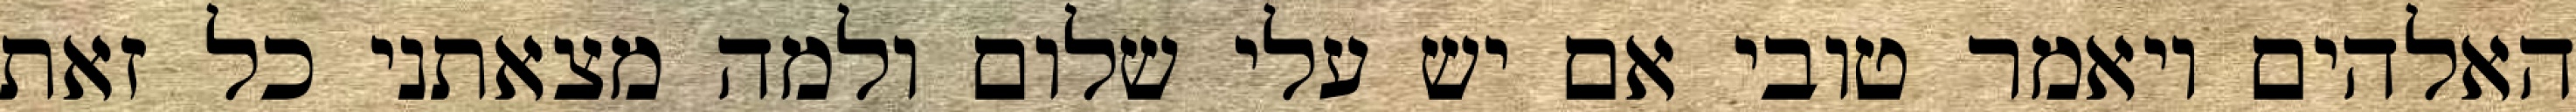
האלהים ויאמר טובי אם יש עלי שלום ולמה מצאתני כל זאת